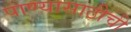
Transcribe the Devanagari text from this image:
पाण्यासाठीची